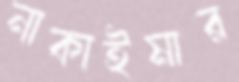
নাকাইমার